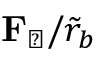
\mathbf { F } _ { \perp } / \tilde { r } _ { b }